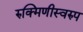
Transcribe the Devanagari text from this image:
रुक्मिणीस्वरुप